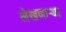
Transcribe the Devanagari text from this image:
लेखणाऱ्या